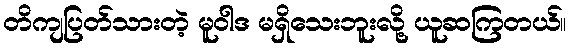
တိကျပြတ်သားတဲ့ မူဝါဒ မရှိသေးဘူးလို့ ယူဆကြတယ်။